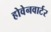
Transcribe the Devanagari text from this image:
होवेनवार्टर